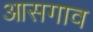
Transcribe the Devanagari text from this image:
आसगाव